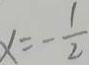
x = - \frac { 1 } { 2 }